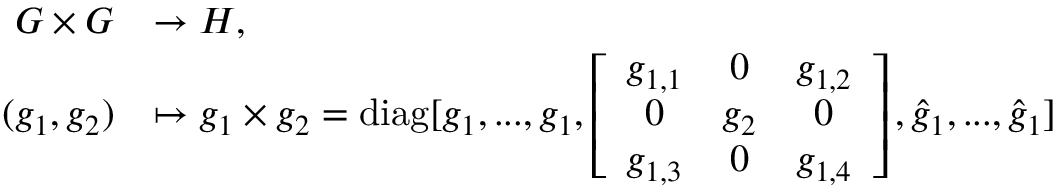
\begin{array} { r l } { G \times G } & { \to H , } \\ { ( g _ { 1 } , g _ { 2 } ) } & { \mapsto g _ { 1 } \times g _ { 2 } = \mathrm { d i a g } [ g _ { 1 } , . . . , g _ { 1 } , \left[ \begin{array} { c c c } { g _ { 1 , 1 } } & { 0 } & { g _ { 1 , 2 } } \\ { 0 } & { g _ { 2 } } & { 0 } \\ { g _ { 1 , 3 } } & { 0 } & { g _ { 1 , 4 } } \end{array} \right] , \hat { g } _ { 1 } , . . . , \hat { g } _ { 1 } ] } \end{array}